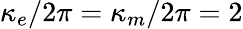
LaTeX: \kappa_{e}/2\pi=\kappa_{m}/2\pi=2